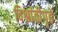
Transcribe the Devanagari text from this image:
विश्रांतीगृहे